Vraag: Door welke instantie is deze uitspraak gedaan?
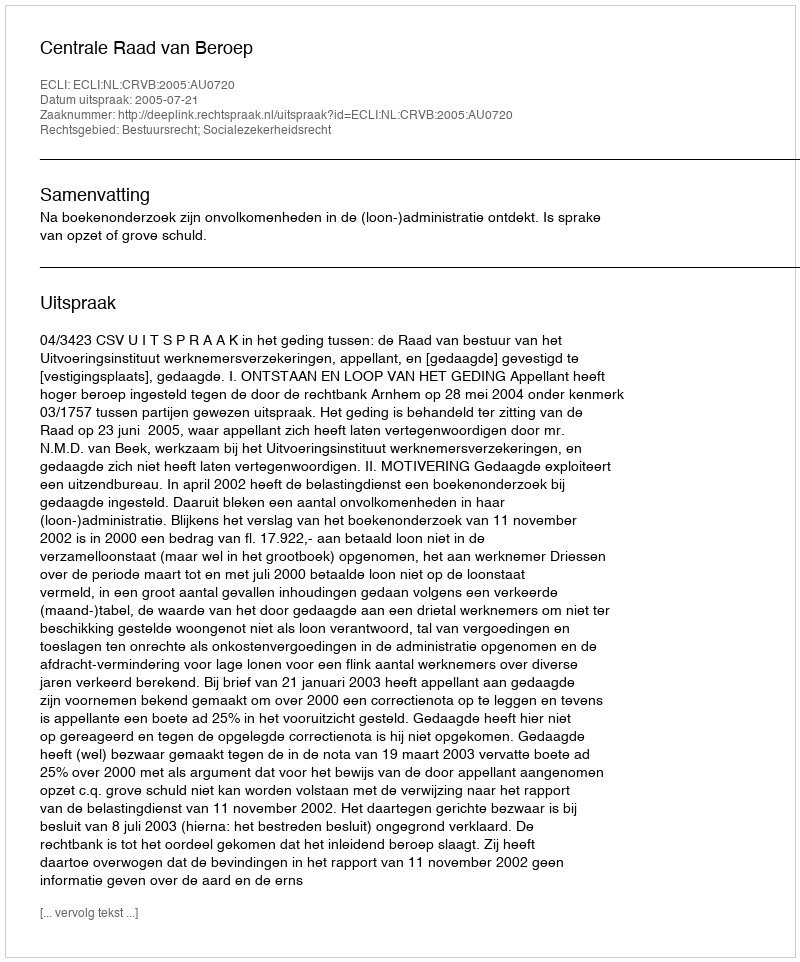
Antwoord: Centrale Raad van Beroep